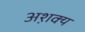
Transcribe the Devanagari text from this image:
अश़क्य